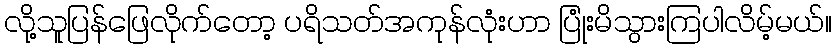
လို့သူပြန်ဖြေလိုက်တော့ ပရိသတ်အကုန်လုံးဟာ ပြုံးမိသွားကြပါလိမ့်မယ်။